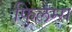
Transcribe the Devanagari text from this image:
फिलम्स